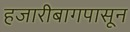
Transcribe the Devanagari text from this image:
हजारीबागपासून